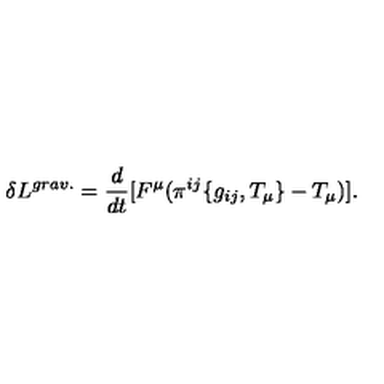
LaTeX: \delta L ^ { g r a v . } = \frac { d } { d t } [ F ^ { \mu } ( \pi ^ { i j } \{ g _ { i j } , T _ { \mu } \} - T _ { \mu } ) ] .